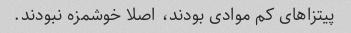
پیتزاهای کم موادی بودند، اصلا خوشمزه نبودند.